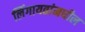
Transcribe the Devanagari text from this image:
लिंगायतांमधील